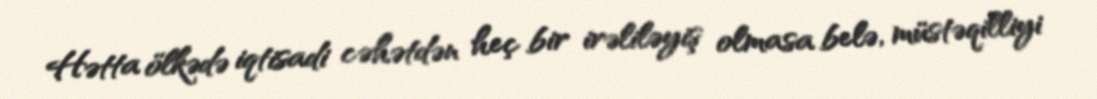
Hətta ölkədə iqtisadi cəhətdən heç bir irəliləyiş olmasa belə, müstəqilliyi